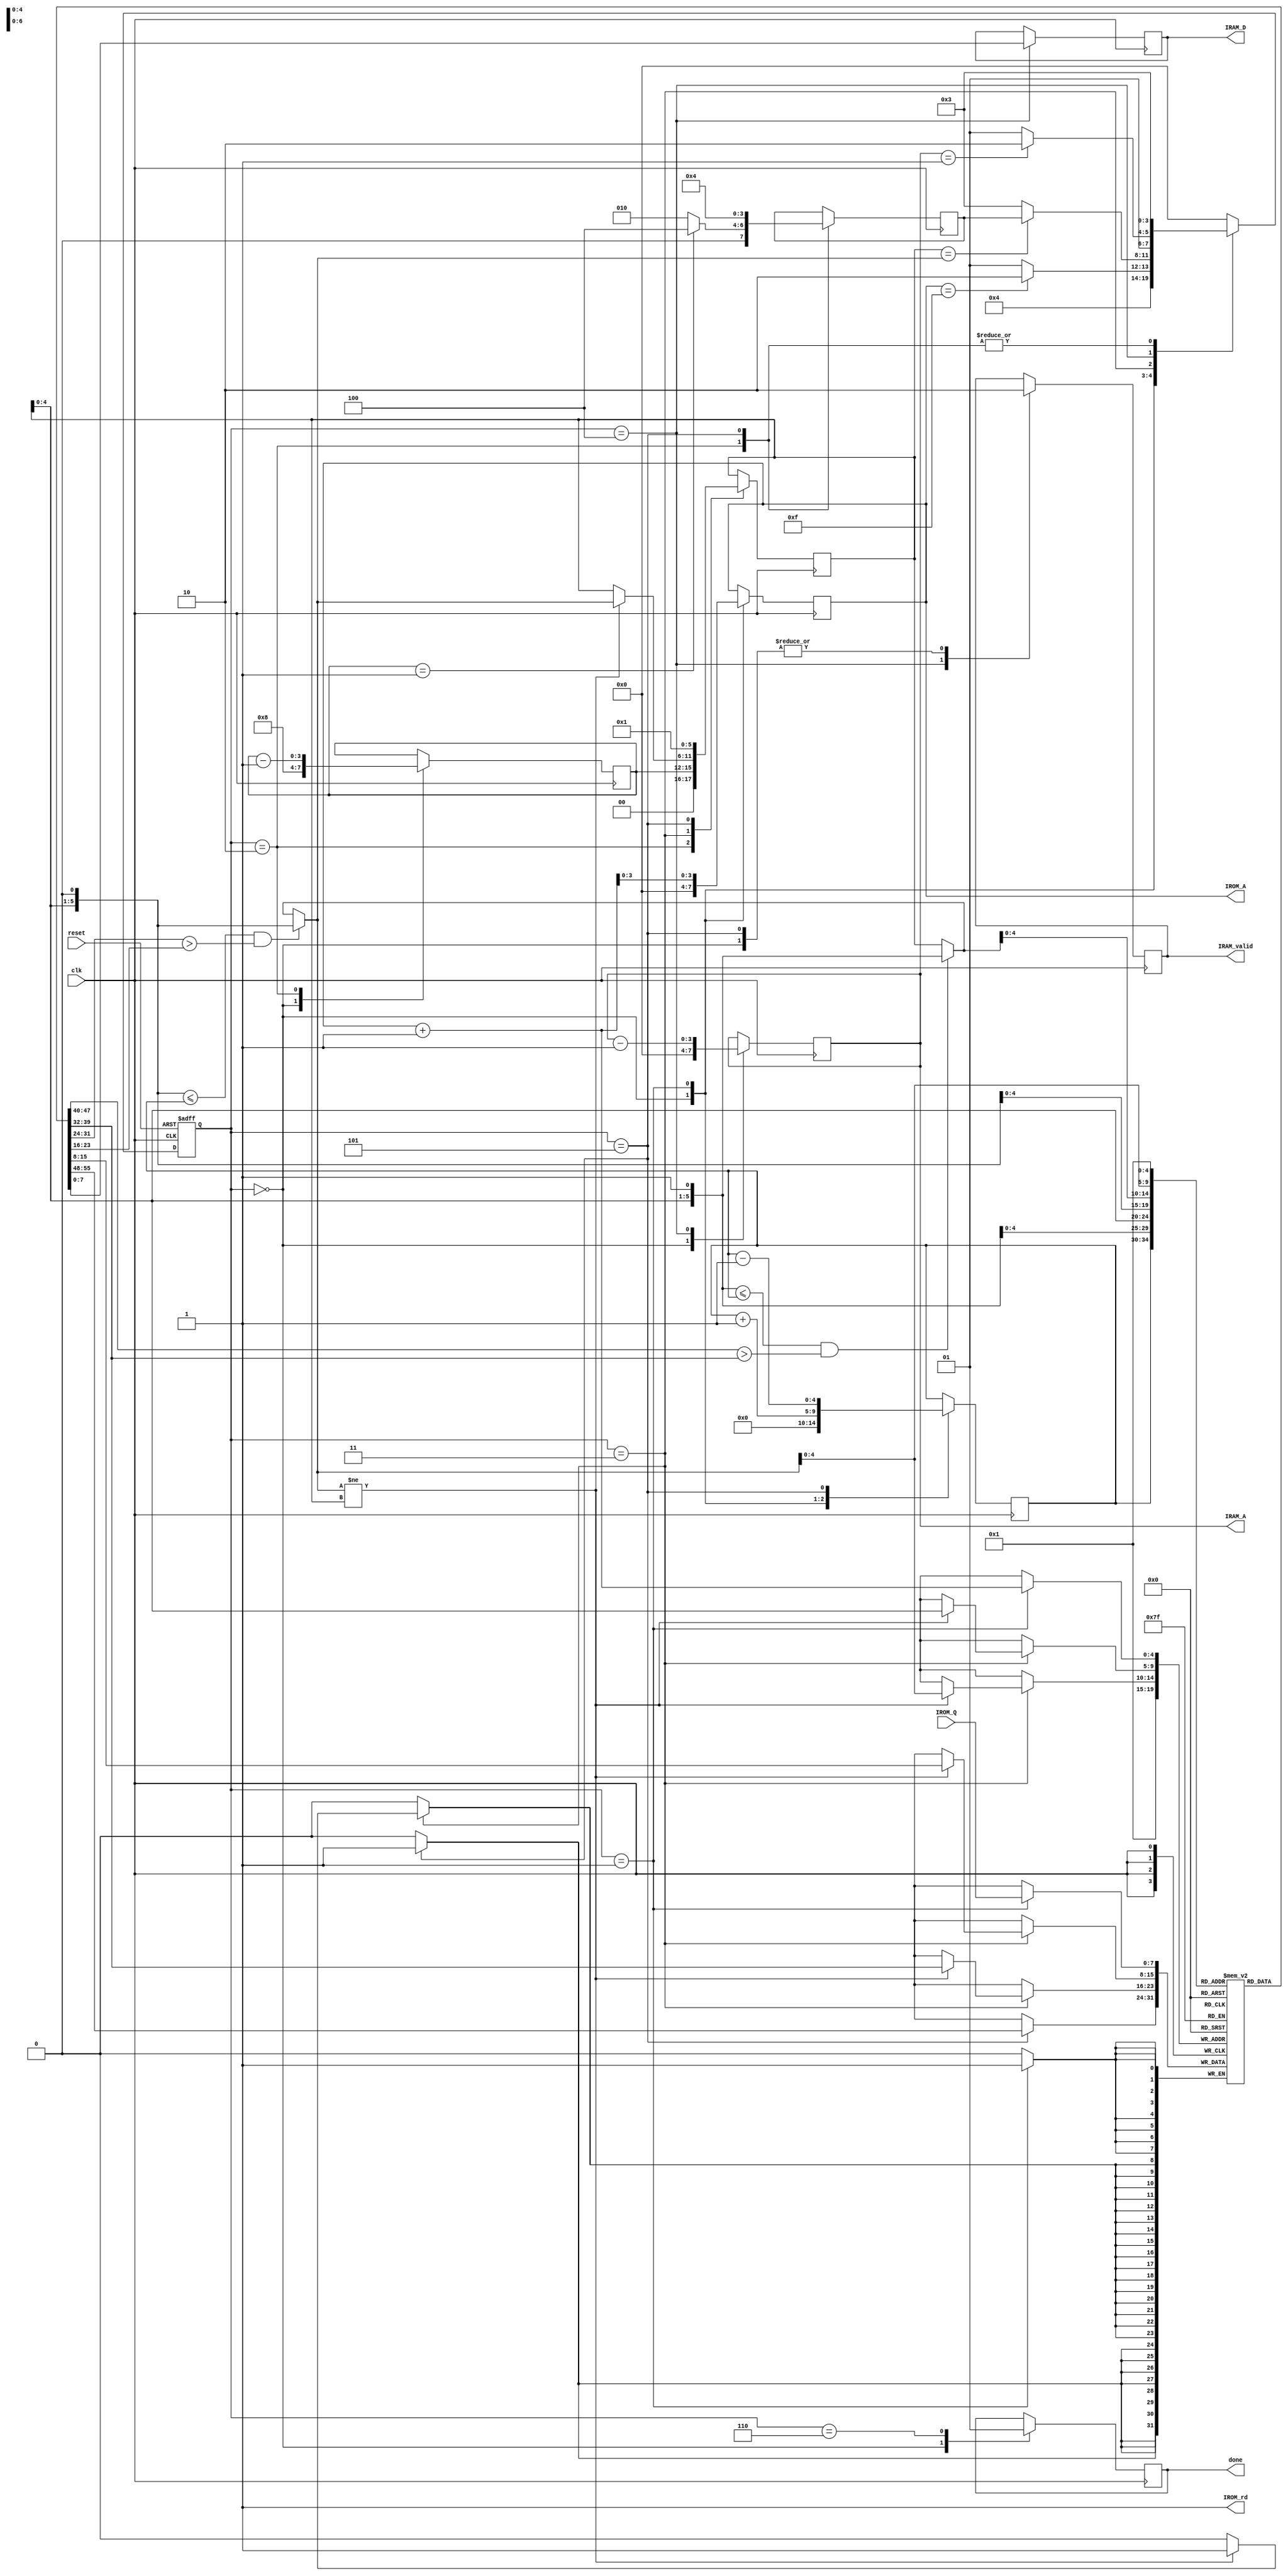
module SORT(
    input clk,
    input reset,
    //ROM read only
    output IROM_rd,
    output reg [3:0] IROM_A,
    input [7:0] IROM_Q,
    //RAM write only
    output reg IRAM_valid,
    output reg [3:0] IRAM_A, 
    output reg [7:0] IRAM_D,
    output reg done
    );

localparam
    rst      = 0,
    load     = 1,
    build    = 2,
    heapify  = 3,
    write    = 4,
    extract  = 5,
    DONE     = 6;

assign IROM_rd = 1;
reg [7:0]A[1:16];
reg [3:0]state,nxt_state,ret_state;
reg [3:0]build_i;
reg [4:0]num;
//comb
reg [5:0]largest,index;
reg [5:0] left;
reg [5:0] right;

always @(posedge clk or posedge reset) begin
    if(reset) state <= rst;
    else      state <= nxt_state;
end

always @(*) begin
    case (state)
        rst : nxt_state = load;
        load : if(IROM_A == 15) nxt_state = build;
               else             nxt_state = load;
        build : nxt_state = heapify;
        heapify : if(index==largest) nxt_state = ret_state;
                  else                 nxt_state = heapify;
        write : if(IRAM_A==1) nxt_state = DONE;
                else            nxt_state = extract;
        extract : nxt_state = heapify;
        default : nxt_state = rst;
    endcase
end

always @(*) begin //max-heapify
    left = {index,1'b0};
    right = {index,1'b1};
    largest = index;
    if((right <= num) && (A[right] > A[index])) 
        largest = right;
    if((left <= num) && (A[left] > A[largest])) 
        largest = left;
end

always @(posedge clk) begin
    case (state)
        rst : begin // reset reg
            IROM_A <= 0;
            IRAM_A <= 0;
            IRAM_valid <= 0;
            build_i <= 8;
            done <= 0;
            num <= 0;
        end
        load : begin //load form IROM
            A[IROM_A+1] <= IROM_Q;
            IROM_A <= IROM_A + 1;
            num <= num + 1;
        end
        build : begin //build heap
            index <= build_i;
            build_i <= build_i - 1;
            if(build_i == 1)
                ret_state <= write;
            else
                ret_state <= build;
        end 
        heapify : begin // Max-heapify
            if(largest != index) begin
                A[index] <= A[largest];
                A[largest] <= A[index];
                index <= largest;
            end
        end
        write : begin // write to IRAM
            IRAM_valid <= 1;
            IRAM_A <= IRAM_A - 1;
            IRAM_D <= A[1];
        end
        extract : begin // ectract max
            IRAM_valid <= 0;
            A[1] <= A[num];
            num <= num - 1;
            index <= 1;
            ret_state <= write;
        end
        DONE : done <= 1;
    endcase
end

    
endmodule